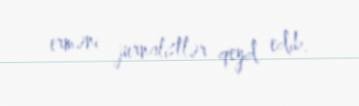
erməni jurnalistlər qeyd edib.